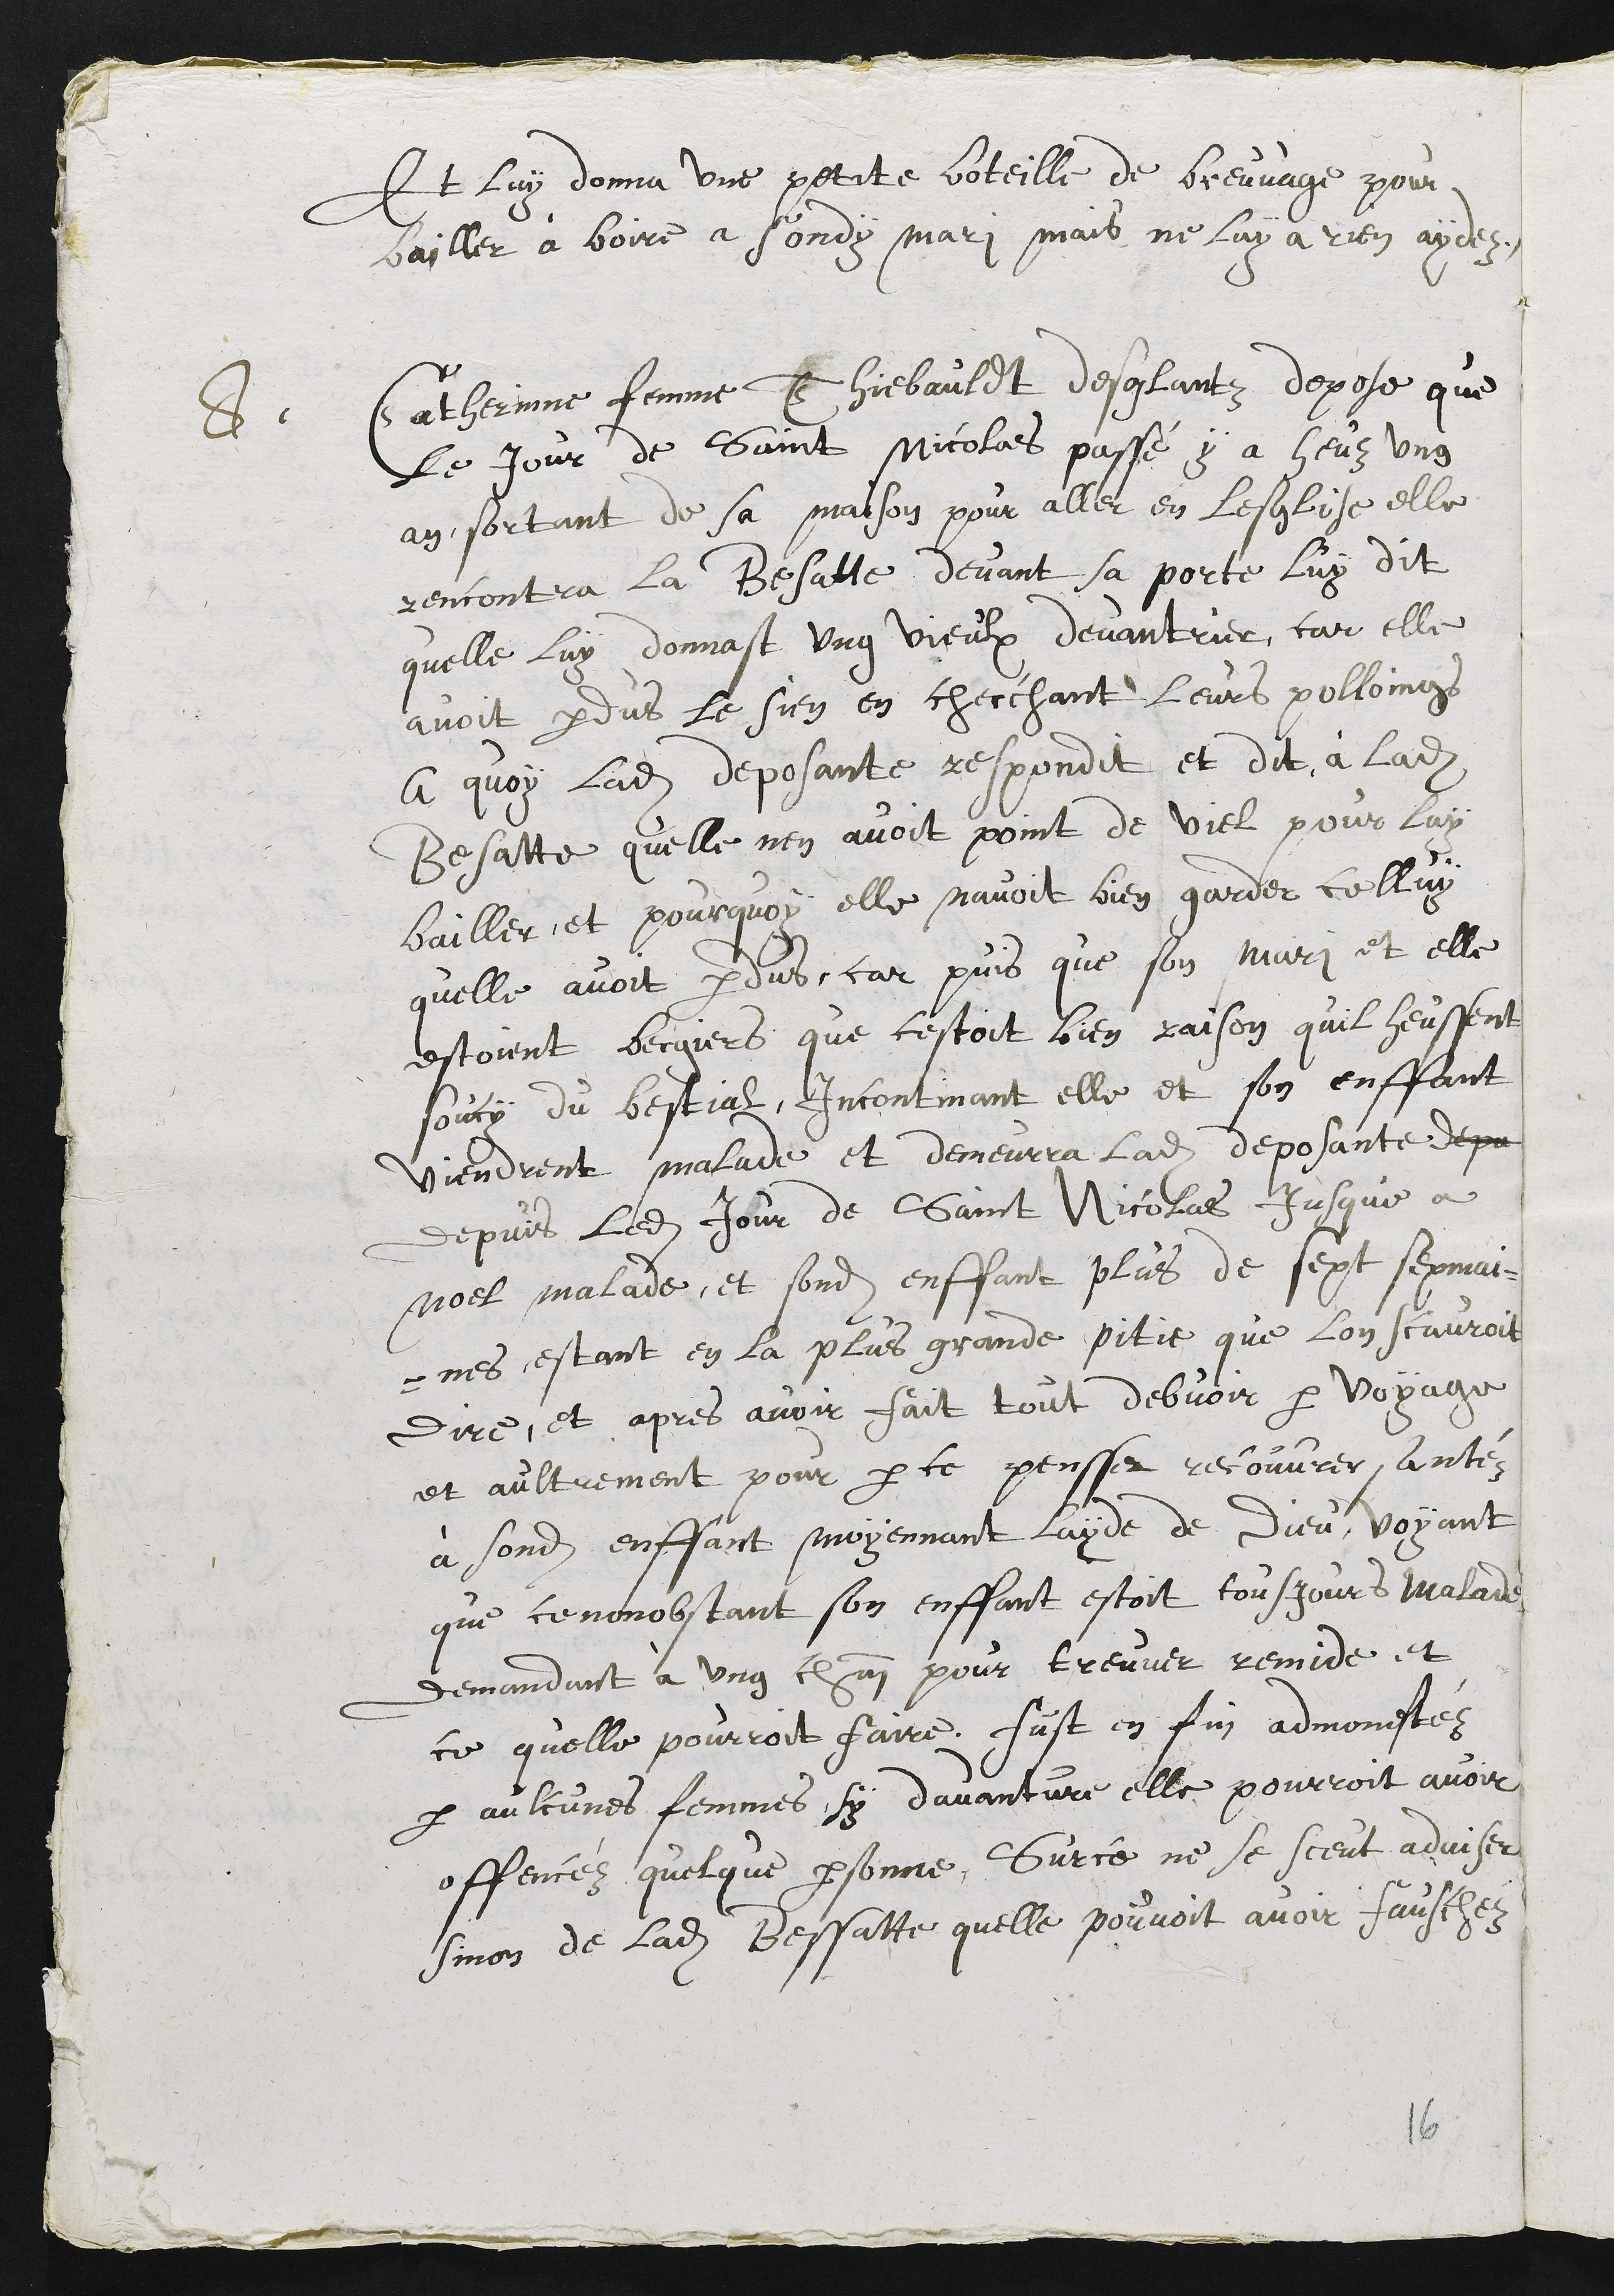
et lui donna une petite bouteille de breuvage pour
bailler à boire à sondit mari, mais ne lui a rien aidé.
 8. Catherine, femme de Thibaud Desglants, dépose que
le jour de Saint-Nicolas passé il y a eu un
an, sortant de sa maison pour aller en l*église, elle
rencontra la Bessatte devant sa porte. Lui dit
qu'elle lui donne un vieux devan-trier, car elle
avait perdu le sien en cherchant leurs poulains.
A quai ladite déposante répondit et dit à ladite
Bessatte qu'elle n'en avait point de vieux pour lui
bailler, et pourquoi elle n'avait bien gardé celui
qu'elle avait perdu, car depuis que son mari et elle
étaient bergers, que c'était bien raison qu'ils eussent
souci du bétail. Incontinent, elle et son enfant
devinrent malades, et demeura ladite déposante
depuis ledit jour de Saint-Nicolas jusqu'à
Noël malade, et sondit enfant plus de sept semai-
nés, étant en la plus grande pitié que l'on saurait
dire. Et après avoir fait tout devoir par voyage
et autrement pour par ce penser recouvrer santé
à sondit enfant moyennant l'aide de Dieu, voyant
que nonobstant cela son enfant était toujours malade,
demandant à un chain pour trouver remède et
ce qu'elle pourrait faire. Fu-t enfin admonestée
par quelqu'une femme si d'aventure elle pourrait avoir
offencé quelque personne. Sur ce, ne se sut aviser
sinon de ladite Bessatte qu'elle pouvait avoir fâchée